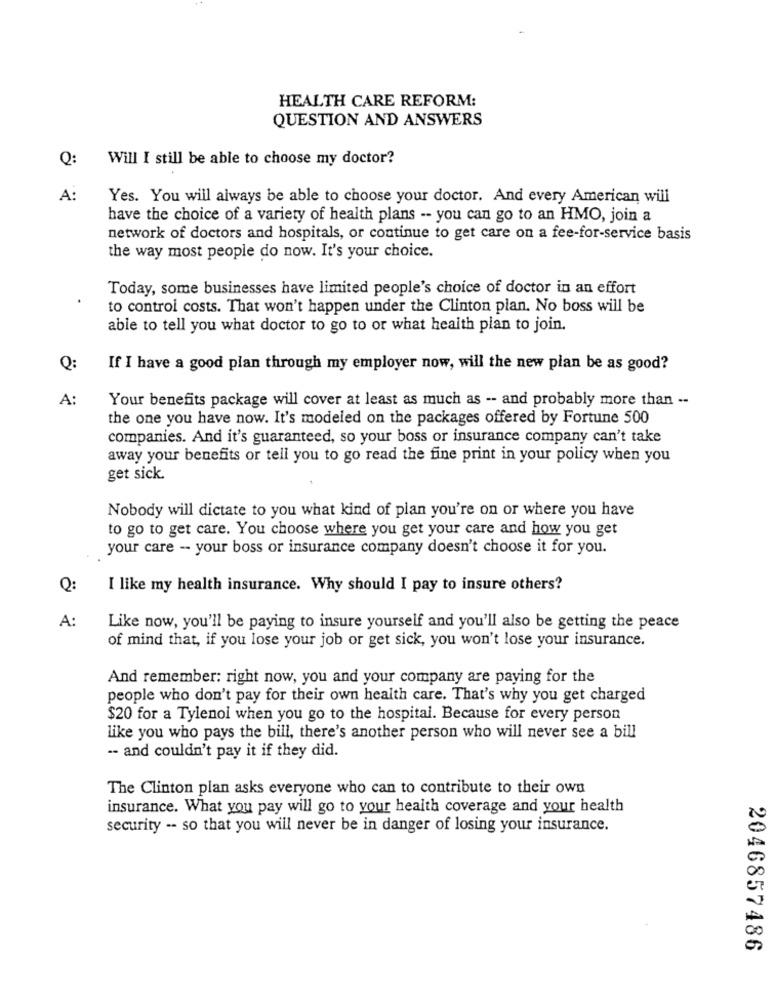
HEALTH CARE REFORM:
QUESTION AND ANSWERS
Q:
Will I still be able to choose my doctor?
A:
Yes. You will always be able to choose your doctor. And every American will
have the choice of a variety of health plans -- you can go to an HMO, join a
network of doctors and hospitals, or continue to get care on a fee-for-service basis
the way most people do now. It's your choice.
Today, some businesses have limited people's choice of doctor in an effort
to control costs. That won't happen under the Clinton plan. No boss will be
able to tell you what doctor to go to or what health plan to join.
O:
If I have a good plan through my employer now, will the new plan be as good?
A:
Your benefits package will cover at least as much as -- and probably more than --
the one you have now. It's modeled on the packages offered by Fortune 500
companies. And it's guaranteed, so your boss or insurance company can't take
away your benefits or tell you to go read the fine print in your policy when you
get sick.
Nobody will dictate to you what kind of plan you're on or where you have
to go to get care. You choose where you get your care and how you get
your care -- your boss or insurance company doesn't choose it for you.
Q:
I like my health insurance. Why should I pay to insure others?
A:
Like now, you'll be paying to insure yourself and you'll also be getting the peace
of mind that, if you lose your job or get sick, you won't lose your insurance.
And remember: right now, you and your company are paying for the
people who don't pay for their own health care. That's why you get charged
$20 for a Tylenol when you go to the hospital. Because for every person
like you who pays the bill, there's another person who will never see a bill
-- and couldn't pay it if they did.
The Clinton plan asks everyone who can to contribute to their own
insurance. What you pay will go to your health coverage and your health
security -- so that you will never be in danger of losing your insurance.
2046857486